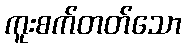
ကူးစက်တတ်သော